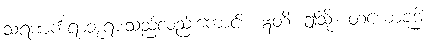
သရဏင်္ကရာဘုရားသည်လည်းကောင်း။ ဣတိ၊ ဤသို့။ တယောဗုဒ္ဓါ၊